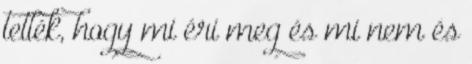
tették, hogy mi éri meg és mi nem és